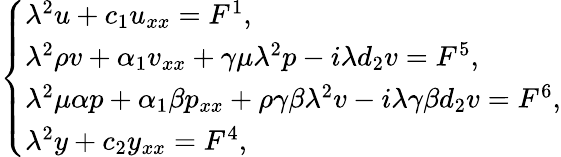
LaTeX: \left\{ \begin{array}{l}{{\lambda}^{2}u+c_{1}u_{xx}=F^{1},}\\ {{\lambda}^{2}\rho v+\alpha_{1}v_{xx}+\gamma\mu{\lambda}^{2}p-i{\lambda}d_{2}v=F^{5},}\\ {{\lambda}^{2}\mu\alpha p+\alpha_{1}\beta p_{xx}+\rho\gamma\beta{\lambda}^{2}v-i{\lambda}\gamma\beta d_{2}v=F^{6},}\\ {{\lambda}^{2}y+c_{2}y_{xx}=F^{4},}\end{array}\right.